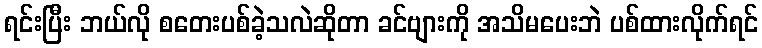
ရင်းပြီး ဘယ်လို စတေးပစ်ခဲ့သလဲဆိုတာ ခင်ဗျားကို အသိမပေးဘဲ ပစ်ထားလိုက်ရင်